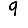
Digit: 9